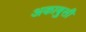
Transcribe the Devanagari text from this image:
अकाबुसी